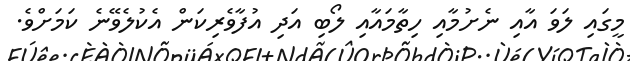
މީގައި ލަވަ އާއި ނެށުމާއި ހިތާމައާއި ލޯބި އަދި އުފާވެރިކަން އެކުލެވޭނެ ކަމަށްވެ.